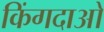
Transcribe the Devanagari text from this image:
किंगदाओ